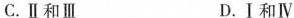
C.Ⅱ和Ⅲ D.Ⅰ和Ⅳ